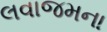
લવાજમના